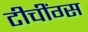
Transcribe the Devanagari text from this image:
टीचींग्स